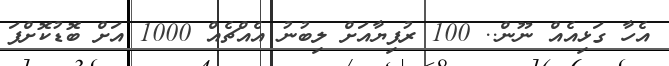
އެހާ ގަޅިއެއް ނޫން.. 100 ރުފިޔާއަށް ލިބުނު އެއްޗެއް 1000 އަށް ބޮޑުކޮށްފަ